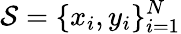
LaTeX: {\cal{S}}=\{ x_{i},y_{i}\} _{i=1}^{N}